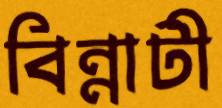
বিন্নাটী